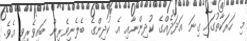
މި ހަރަކާތުގައި ގިނަ އަދަދެއްގެ ކުދިންނާއި އެ ކުދިންގެ ބެލެނިވެރިން ބައިވެރިވި އެވެ.